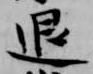
退